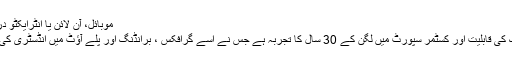
HD، 4K، موبائل، آن لائن یا انٹرایکٹو درخواست.
پکسل پاور انجینئرنگ کی قابلیت اور کسٹمر سپورٹ میں لگن کے 30 سال کا تجربہ ہے جس نے اسے گرافکس ، برانڈنگ اور پلے آؤٹ میں انڈسٹری کی پہلی پسند بنا دیا ہے۔